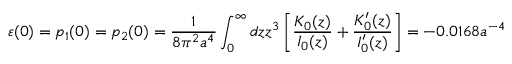
\varepsilon ( 0 ) = p _ { 1 } ( 0 ) = p _ { 2 } ( 0 ) = \frac { 1 } { 8 \pi ^ { 2 } a ^ { 4 } } \int _ { 0 } ^ { \infty } { d z z ^ { 3 } \left[ \frac { K _ { 0 } ( z ) } { I _ { 0 } ( z ) } + \frac { K _ { 0 } ^ { \prime } ( z ) } { I _ { 0 } ^ { \prime } ( z ) } \right] } = - 0 . 0 1 6 8 a ^ { - 4 }